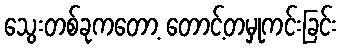
သွေးတစ်ခုကတော့ တောင့်တမှုကင်းခြင်း